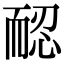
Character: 𦓖